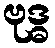
ဗုဒ္ဓ